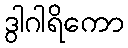
ဒွါဂါရိကော